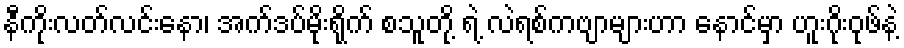
နီကိုးလတ်လင်းနော၊ အက်ဒပ်မိုးရိုက် စသူတို့ ရဲ့ လဲရစ်ကဗျာများဟာ နောင်မှာ ဟူးဂိုးဝုဖ်နဲ့